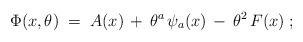
LaTeX: \begin{align*}\Phi(x,\theta) \; = \; A(x) \, + \, \theta^a \, \psi_a(x) \, - \, \theta^2\, F(x) \; ;\end{align*}